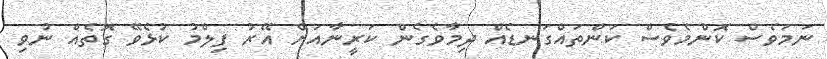
ނަމަވެސް ކޮންމެވެސް ކަންތައްގަނޑެއް ދިމާވެގެން ކަރީނާއަށް އޭރު ފިލްމު ކުޅެވޭ ގޮތެއް ނުވި